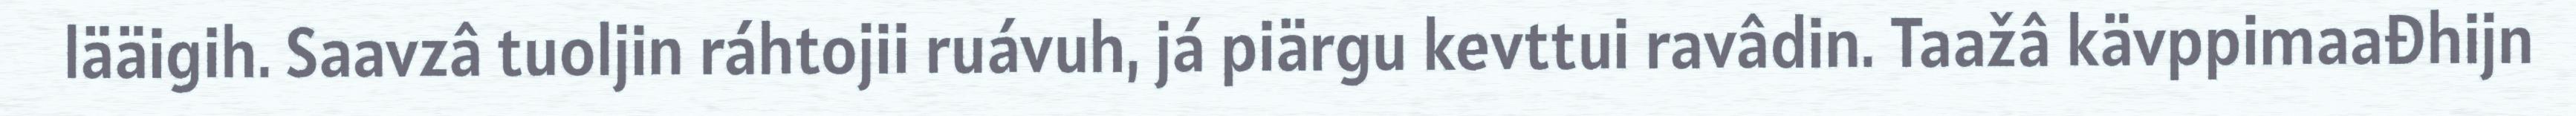
lääigih. Saavzâ tuoljin ráhtojii ruávuh, já piärgu kevttui ravâdin. Taažâ kävppimaađhijn